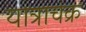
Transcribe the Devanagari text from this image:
यात्राचक्र